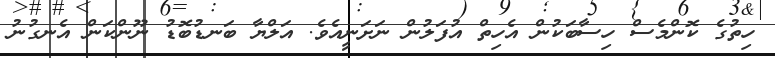
ހިތުގެ ކޮންމެސް ހިސާބަކުން އެހިތް އުފަލުން ނަށަނީއެވެ. އަލްޔާ ބަނޑުބޮޑު ނޫންކަން އެނގުނު